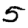
Digit: 5